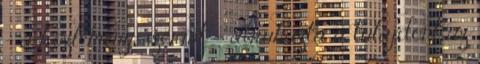
- a közlemény szerint - átruházta a tulajdont az